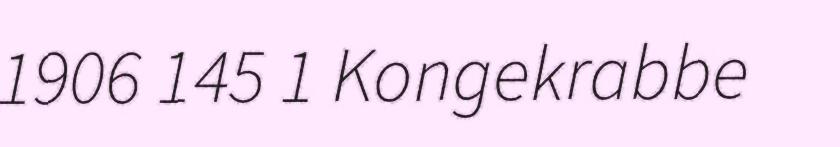
1906 145 1 Kongekrabbe